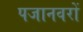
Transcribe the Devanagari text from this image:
पजानवरों